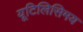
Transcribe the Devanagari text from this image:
यूटिलिसिमय